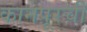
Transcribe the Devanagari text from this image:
कानपूरची